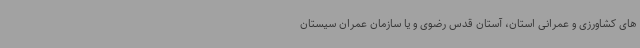
های کشاورزی و عمرانی استان، آستان قدس رضوی و یا سازمان عمران سیستان